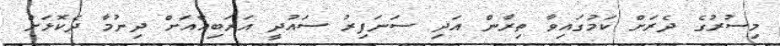
މިސުރުގެ ދެރަށް ކަމުގައިވާ ތިރާން އަދި ސަނަފިރު ސައުދީ އަރަބިއާއަށް ދިނުމާ ދެކޮޅަށް